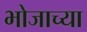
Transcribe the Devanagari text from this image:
भोजाच्या